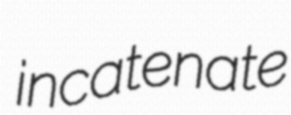
incatenate